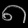
Digit: ၈